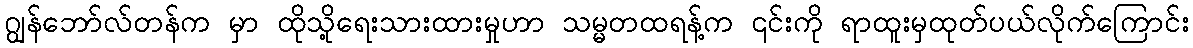
ဂျွန်ဘော်လ်တန်က မှာ ထိုသို့ရေးသားထားမှုဟာ သမ္မတထရန့်က ၎င်းကို ရာထူးမှထုတ်ပယ်လိုက်ကြောင်း